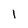
Character: 1